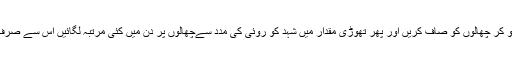
تحقیق کے مطابق روئی کو پانی میں بھگو کر چھالوں کو صاف کریں اور پھر تھوڑی مقدار میں شہد کو روئی کی مدد سےچھالوں پر دن میں کئی مرتبہ لگائیں اس سے صرف 4 دن میں چھالے غائب ہوں جائیں گے۔